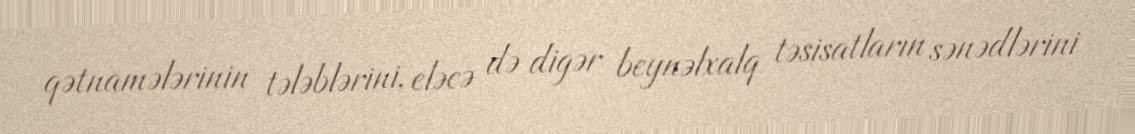
qətnamələrinin tələblərini, eləcə də digər beynəlxalq təsisatların sənədlərini